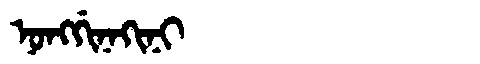
Manchu: ᠨᠣᠩᡤᡳᠨᠠᡴᡳᠨᡳ
Romanization: NONGGINAKINI